Report of the Municipal Commissioner on the plague in Bombay for the year ending 31st May... - Volume 3
Disease focus: Plague
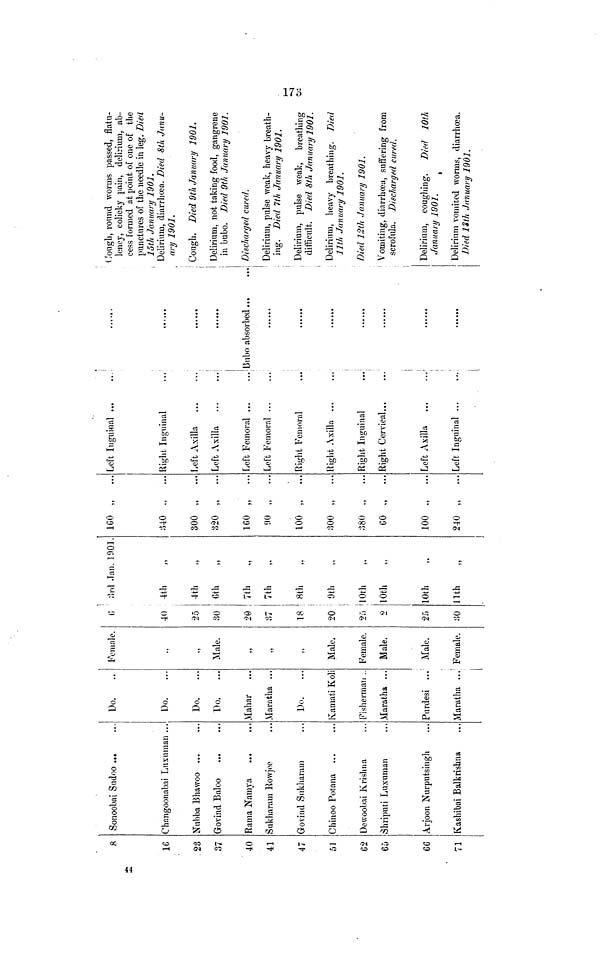
8
16
23
37
40
41
47
51
62
66
71
Sonoobai Sudoo ...
Changoonabai Luxuman ...
Nubba Bhawoo ...
Govind Baloo
Rama Namya
Sukharam Rowiee
Govind Sukharam
Chinoo Potana ...
Dewoobai Krishna
Shriputi Luxuman
Arjoon Nurputsingh
Kashibai Balkrishna
Do.
Do.
Do.
Do.
Mahar
Maratha ...
Do.
Kamati Koli
Fisherman ..
Maratha ...
Purdesi ...
Maratha ...
Female.
Male.
Male.
Female.
Male.
Male.
Female.
6
40
25
30
20
37
18
20
25
2
25
30
3rd Jan. 1901.
4th
4th
6th
7th
7th
8th
9th
10th
10th
10th
11th
160
340 .,
...
300
320 „
...
160 „
...
90 „
...
100 „
...
300 „
...
380 „
...
60
100 „
...
240 „
...
Left Inguinal ...
Right Inguinal
Left Axilla
Left Axilla
Left Femoral ...
Left Femoral ...
Right Femoral
Right Axilla
Right Inguinal
Right Cervical...
Left Axilla
Left Inguinal
Bubo absorbed...
Cough, round worms passed, flatu-
lency, colicky pain, delirium, ab-
cess formed at point of one of the
punctures of the needle in leg. Died
15th January 1901.
Delirium, diarrhoea. Died 8th Janu-
ary 1901.
Cough. Died 9th January 1901.
Delirium, not taking food, gangrene
in bubo. Died 9th January 1901.
Discharged cured.
Delirium, pulse weak, heavy breath-
ing. Died 7th January 1901.
Delirium, pulse weak, breathing
difficult. Died 8th January 1901.
Delirium, heavy breathing. Died
11th January 1901.
Died 12th January 1901.
Vomiting, diarrhoea, suffering from
scrofula. Discharged cured.
Delirium, coughing. Died 10th
January 1901.
Delirium vomited worms, diarrhoea.
Died 13th January 1901.
173